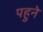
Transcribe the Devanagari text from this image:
पहुने